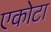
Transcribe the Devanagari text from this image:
एकोटा